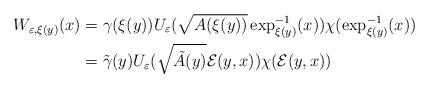
LaTeX: \begin{align*}W_{\varepsilon,\xi(y)}(x) & =\gamma(\xi(y))U_{\varepsilon}(\sqrt{A(\xi(y))}\exp_{\xi(y)}^{-1}(x))\chi(\exp_{\xi(y)}^{-1}(x))\\& =\tilde{\gamma}(y)U_{\varepsilon}(\sqrt{\tilde{A}(y)}\mathcal{E}(y,x))\chi(\mathcal{E}(y,x))\end{align*}